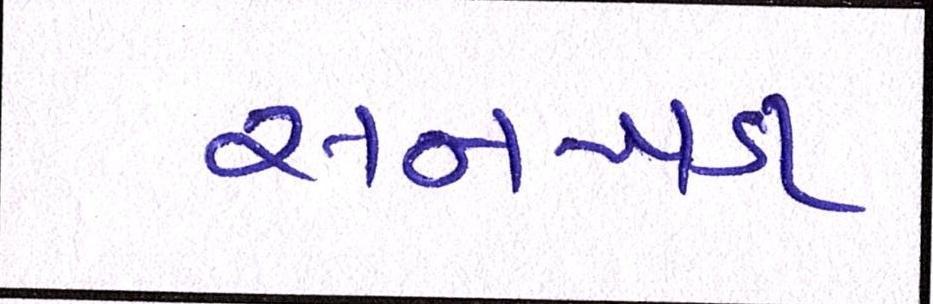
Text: સનખડા